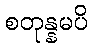
စတုန္နမပိ